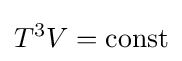
T^{3}V={\text{const}}